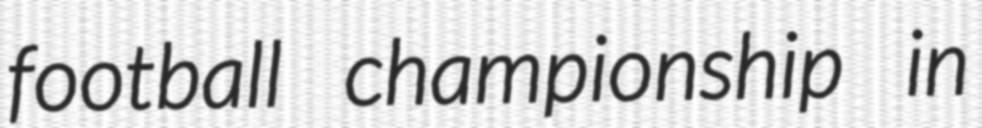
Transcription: football championship in